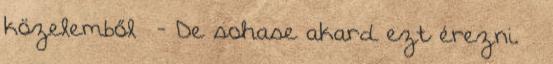
közelemből - De sohase akard ezt érezni. –